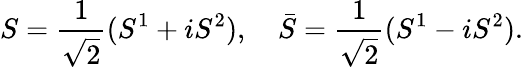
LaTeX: S=\frac{1}{\sqrt{2}}(S^{1}+iS^{2}),\quad\bar{S}=\frac{1}{\sqrt{2}}(S^{1}-iS^{2}).